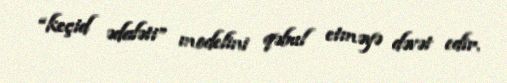
“keçid ədaləti” modelini qəbul etməyə dəvət edir.